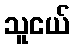
သူငယ်